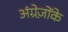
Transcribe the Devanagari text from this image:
अंग्रेज़ोंके